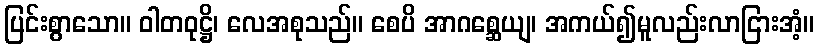
ပြင်းစွာသော။ ဝါတဝုဋ္ဌိ၊ လေအစုသည်။ စေပိ အာဂစ္ဆေယျ၊ အကယ်၍မူလည်းလာငြားအံ့။